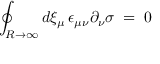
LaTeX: \oint _ { R \to \infty } d \xi _ { \mu } \, \epsilon _ { \mu \nu } \partial _ { \nu } \sigma \; = \; 0